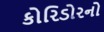
કોરિડોરનો